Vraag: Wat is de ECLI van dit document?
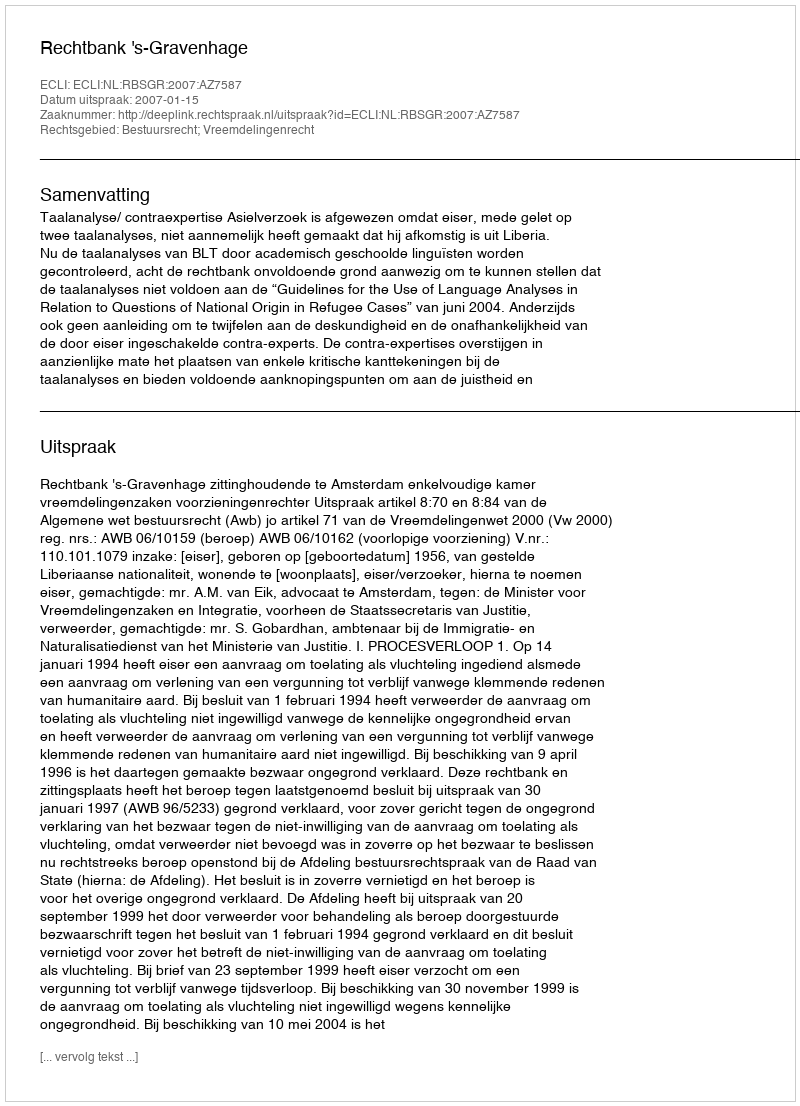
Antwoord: ECLI:NL:RBSGR:2007:AZ7587